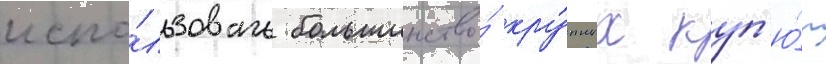
испо́льзовать большинство́ кру́пных куп'ю́р